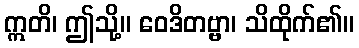
ဣတိ၊ ဤသို့။ ဝေဒိတဗ္ဗာ၊ သိထိုက်၏။